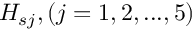
H _ { s j } , ( j = 1 , 2 , . . . , 5 )